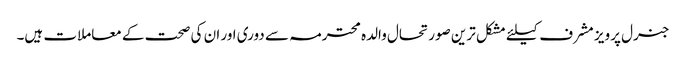
جنرل پرویز مشرف کیلئے مشکل ترین صورتحال والدہ محترمہ سے دوری اور ان کی صحت کے معاملات ہیں۔